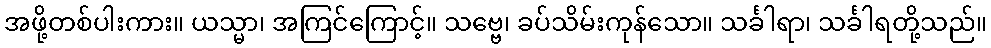
အဖို့တစ်ပါးကား။ ယသ္မာ၊ အကြင်ကြောင့်။ သဗ္ဗေ၊ ခပ်သိမ်းကုန်သော။ သင်္ခါရာ၊ သင်္ခါရတို့သည်။